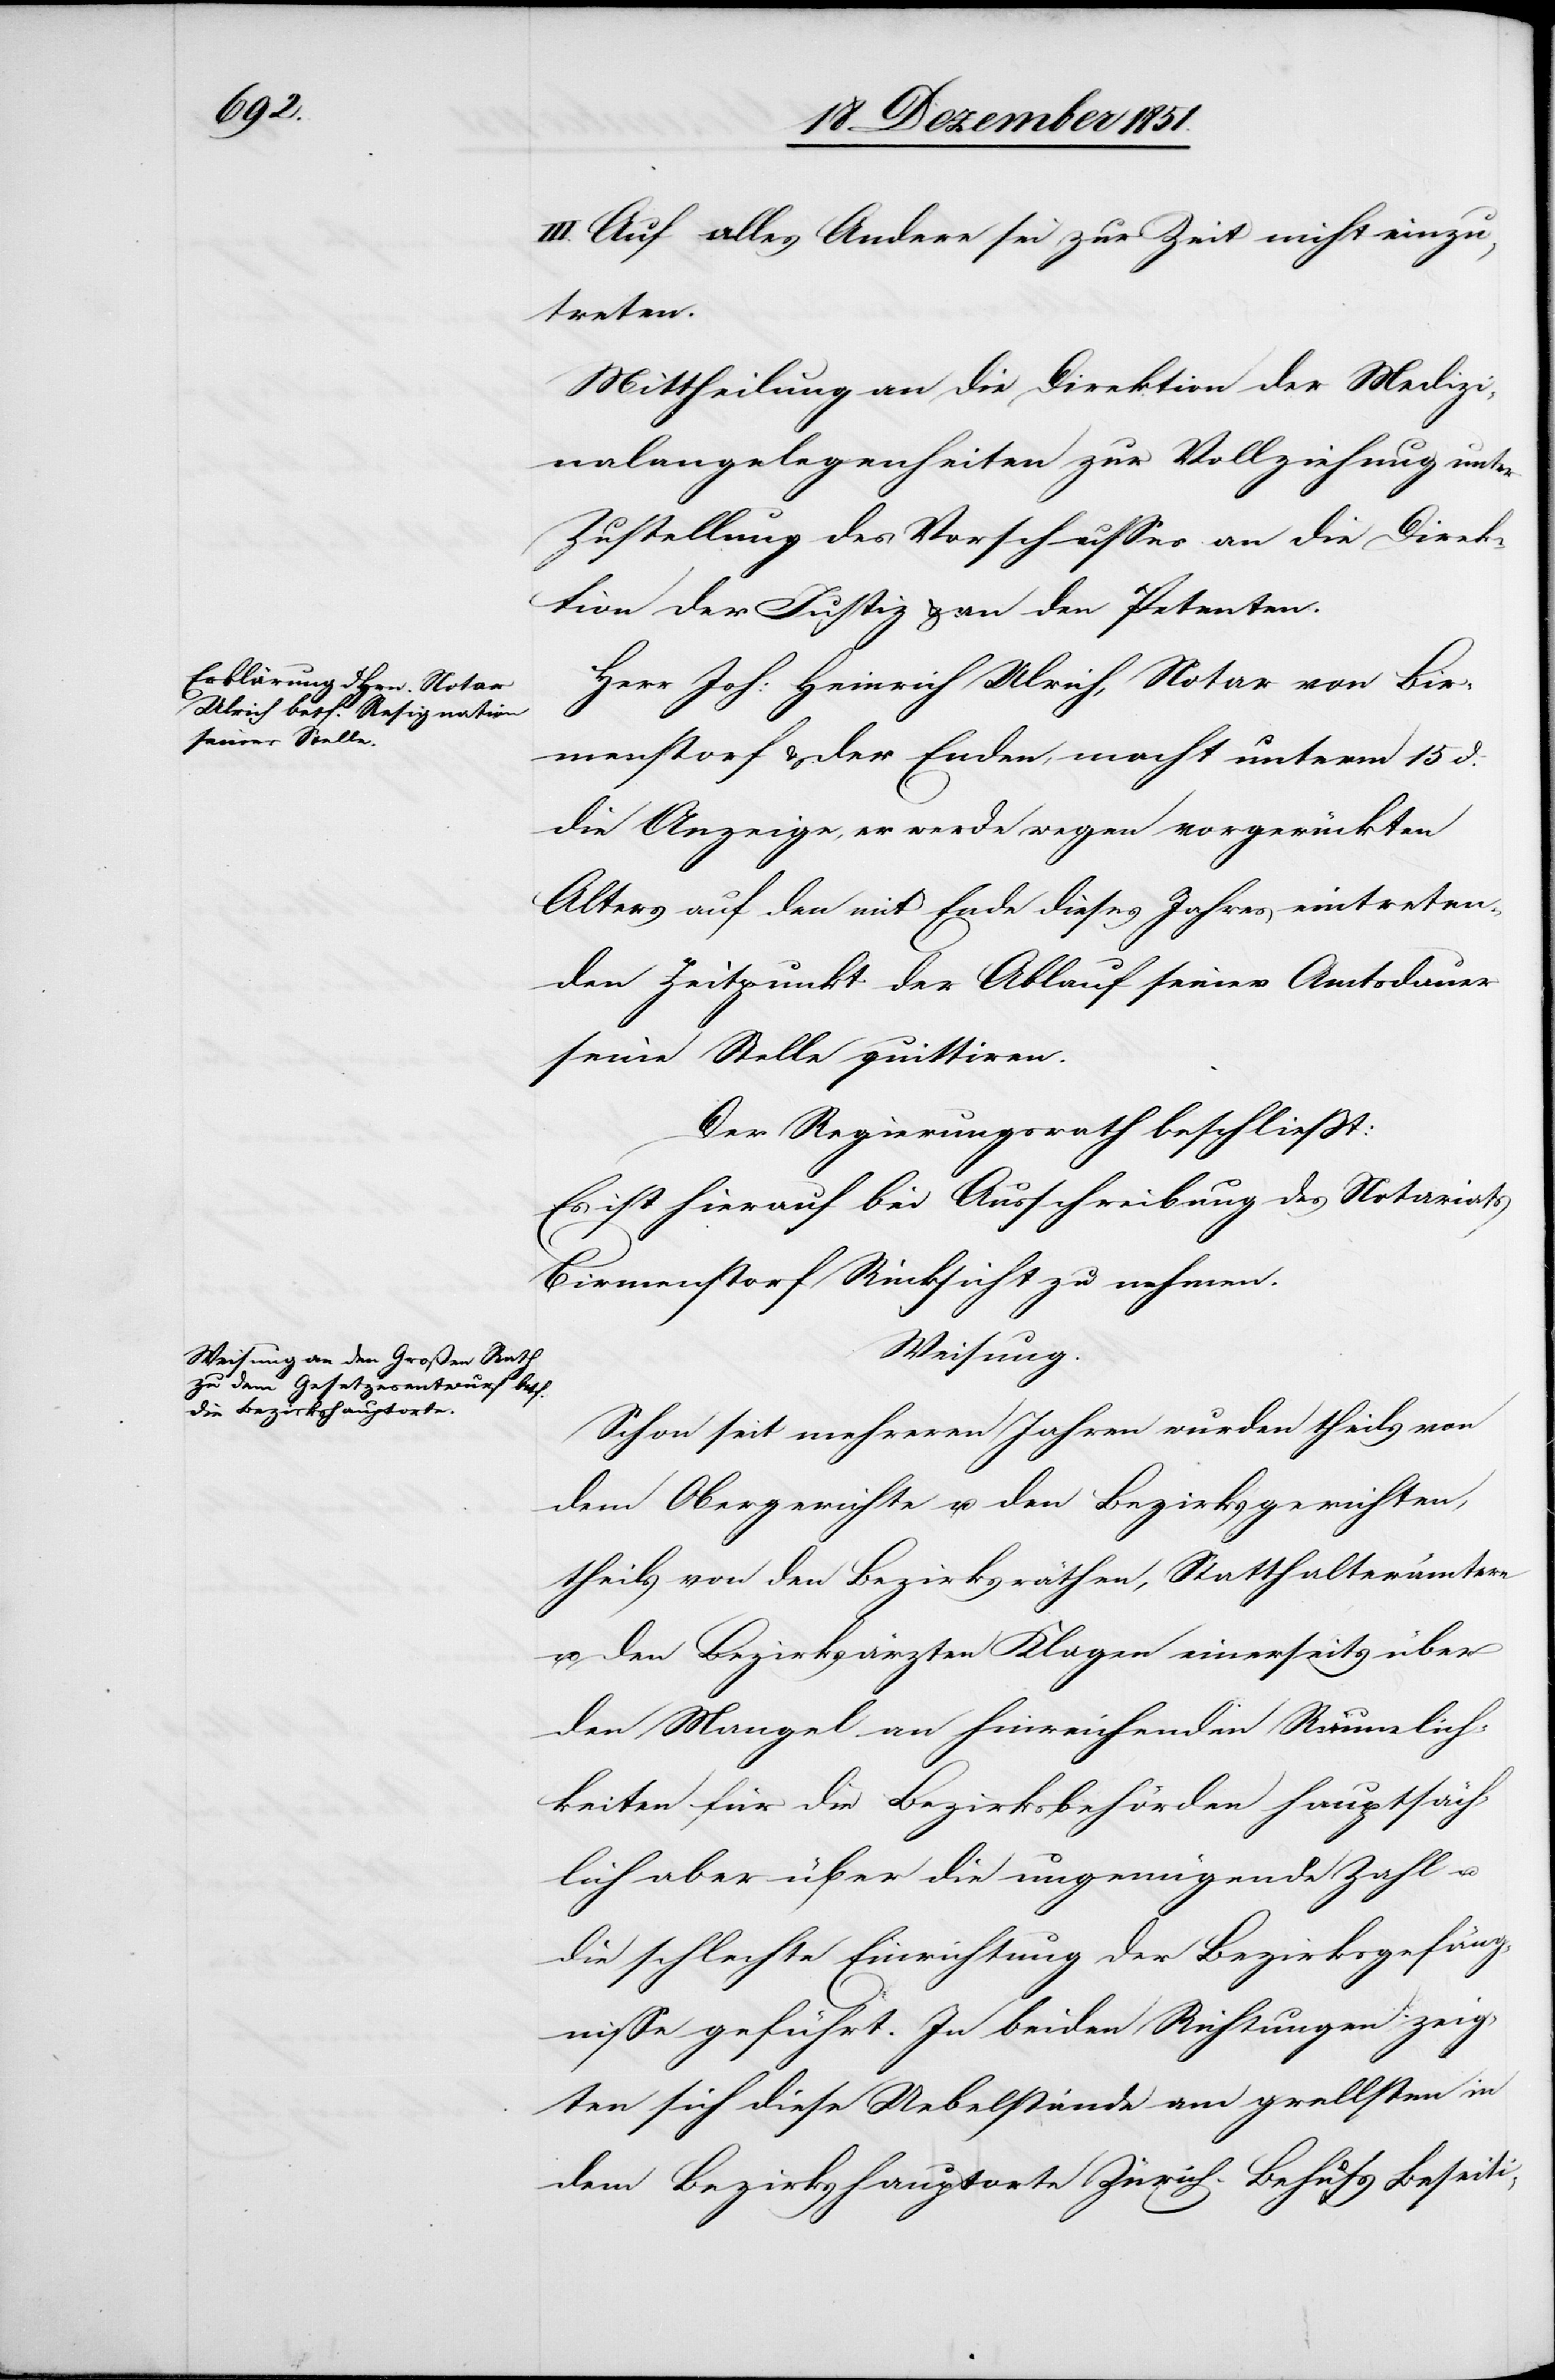
III. Auf alles Andere sei zur Zeit nicht einzu¬
treten.
Mittheilung an die Direktion der Medizi¬
nalangelegenheiten zur Vollziehung unter
Zustellung des Vorschusses an die Direk¬
tion der Justiz & an den Petenten.
Herr Joh: Heinrich Ulrich, Notar von Bir¬
menstorf & der Enden, macht unterm 15 d.
die Anzeige, er werde wegen vorgerückten
Alters auf den mit Ende dieses Jahres eintreten¬
den Zeitpunkt der Ablauf seiner Amtsdauer
seine Stelle quittiren.
Der Regierungsrath beschließt:
Es ist hierauf bei Ausschreibung des Notariats
Birmenstorf Rücksicht zu nehmen.
Weisung.
Schon seit mehreren Jahren wurden theils von
dem Obergerichte u. den Bezirksgerichten,
theils von den Bezirksräthen, Statthalterämtern
u. den Bezirksärzten Klagen einerseits über
den Mangel an hinreichenden Räumlich¬
keiten für die Bezirksbehörden hauptsäch¬
lich aber über die ungenügende Zahl u.
die schlechte Einrichtung der Bezirksgefäng¬
nisse geführt. In beiden Richtungen zeig¬
ten sich diese Uebelstände am grellsten in
dem Bezirkshauptorte Zürich. Behufs Beseiti-